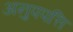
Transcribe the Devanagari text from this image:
अनुपपत्ति